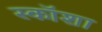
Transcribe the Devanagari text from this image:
स्कॉशा